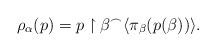
LaTeX: \begin{align*}\rho_\alpha(p)= p \restriction \beta ^{\frown} \langle \pi_\beta(p(\beta)) \rangle.\end{align*}